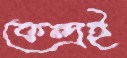
কেন্দ্রই